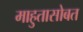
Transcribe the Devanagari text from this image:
माहुतासोबत